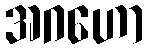
အဂဟော